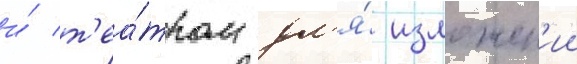
и́ т'еа́тром дл'я́ изложен'ии